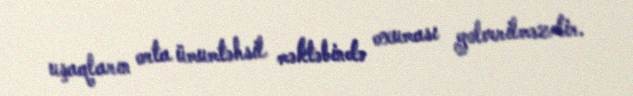
uşaqların orta ümumtəhsil məktəbində oxuması yolverilməzdir.